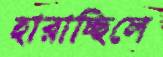
হারাচ্ছিলে